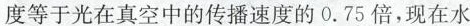
度等于光在真空中的传播速度的0.75倍，现在水